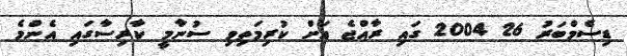
ޑިސެމްބަރު 26 2004 ގައި ރާއްޖެ އަށް ކުރިމަތިވި ސުނާމީ ކާރިސާގައި އެންމެ